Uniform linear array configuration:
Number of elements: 16
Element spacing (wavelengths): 0.5
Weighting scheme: uniform
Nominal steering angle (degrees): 15
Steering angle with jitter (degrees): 13.432
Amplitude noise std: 0.05
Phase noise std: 0.05

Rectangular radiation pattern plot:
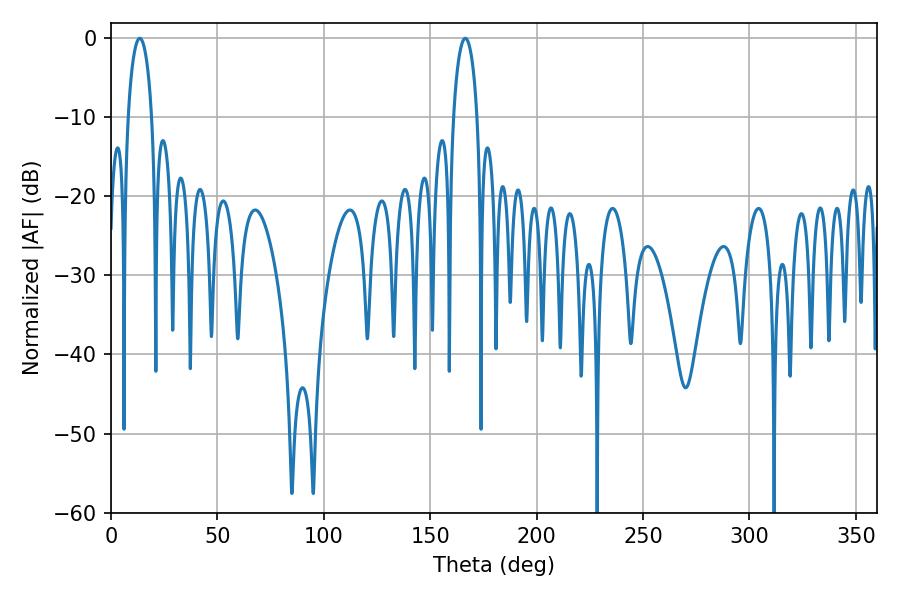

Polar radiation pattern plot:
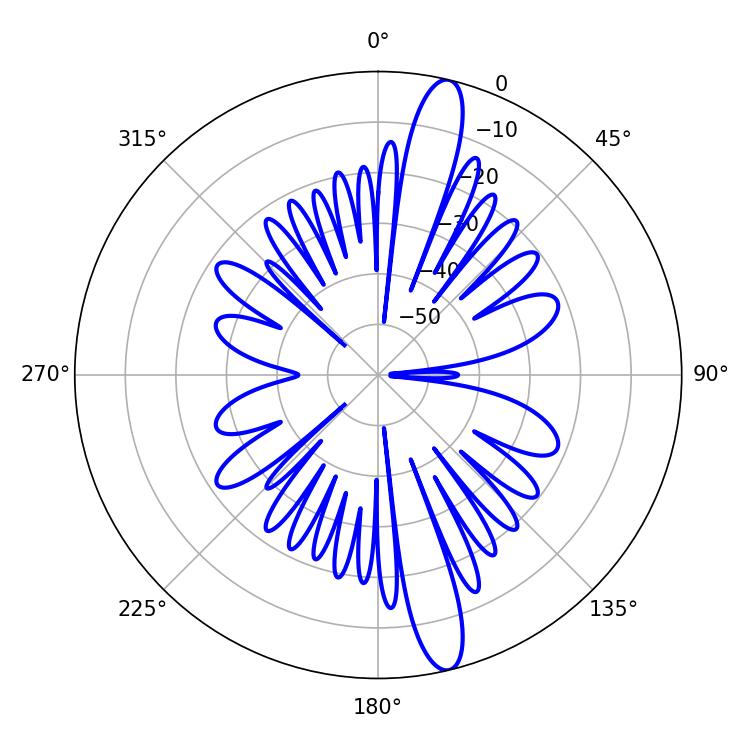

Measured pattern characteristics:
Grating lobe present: FALSE
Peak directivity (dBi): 15.223
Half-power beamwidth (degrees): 6.48
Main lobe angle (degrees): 13.5